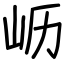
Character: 𫵷